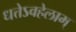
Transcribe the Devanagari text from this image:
धत्तेऽवहेलाम्